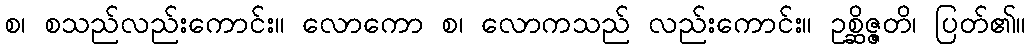
စ၊ စသည်လည်းကောင်း။ လောကော စ၊ လောကသည် လည်းကောင်း။ ဥစ္ဆိဇ္ဇတိ၊ ပြတ်၏။